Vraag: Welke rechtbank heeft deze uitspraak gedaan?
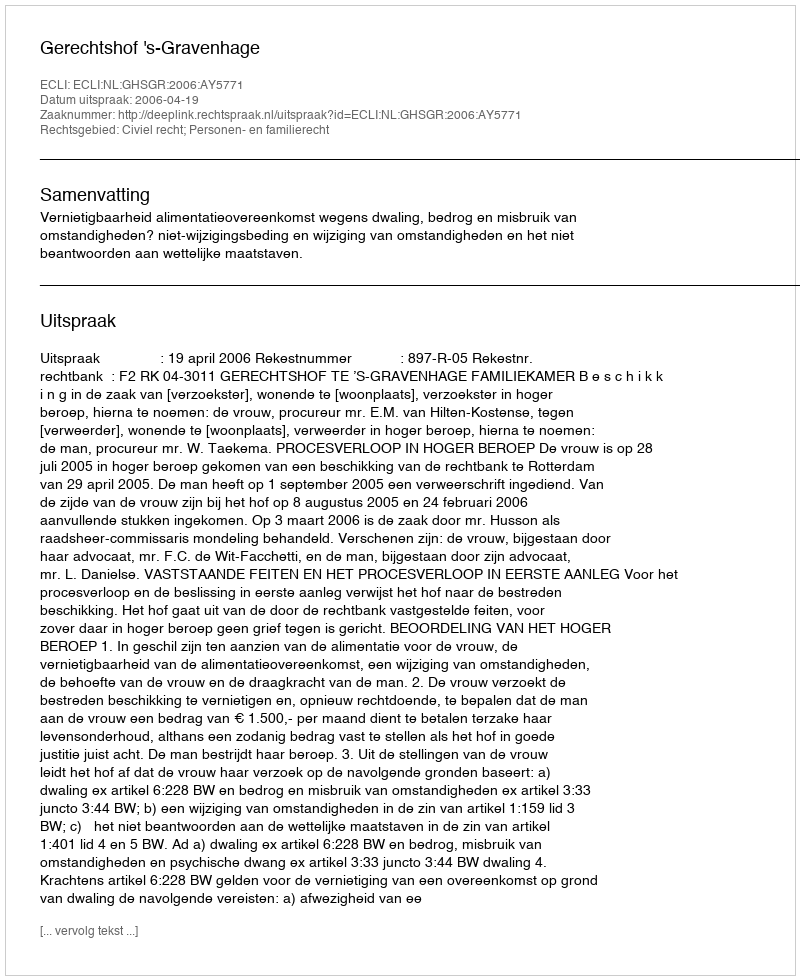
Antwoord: Gerechtshof 's-Gravenhage